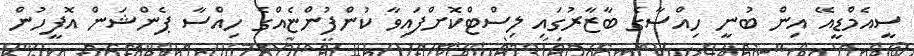
ސީއެމްޑީއޭ އިން ބުނީ ހިއްސާގެ ބާޒާރުގައި ލިސްޓްކޮށްފައިވާ ކުންފުންޏެއްގެ ހިއްސާ ޕެންޝަން އޮފީހުން